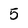
Character: 5